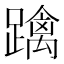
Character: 𨆓